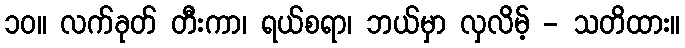
၁၀။ လက်ခုတ် တီးကာ၊ ရယ်စရာ၊ ဘယ်မှာ လှလိမ့် - သတိထား။